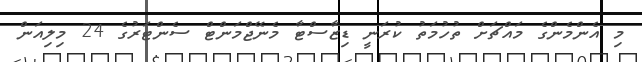
މި އެންމެންގެ މައްޗަށް ތުހުމަތު ކުރަނީ ޑިޒާސްޓާ މެނޭޖްމަންޓް ސެންޓަރުގެ 24 މިލިއަން